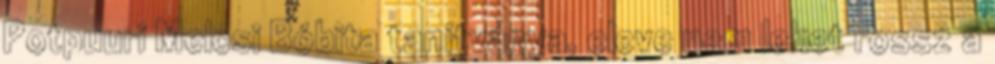
Potpuuri Melcsi Bóbita tanítványa, eleve nem lehet rossz a